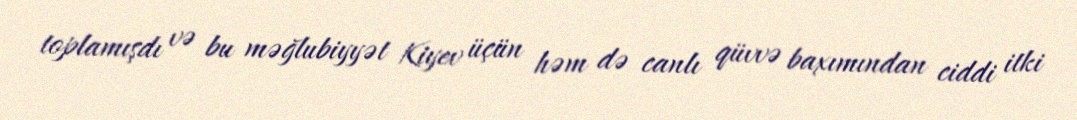
toplamışdı və bu məğlubiyyət Kiyev üçün həm də canlı qüvvə baxımından ciddi itki